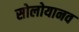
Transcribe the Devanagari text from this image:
सोलोयानव